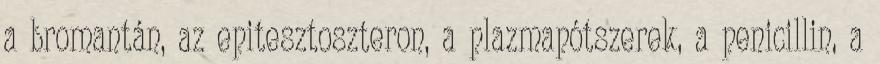
a bromantán, az epitesztoszteron, a plazmapótszerek, a penicillin, a